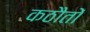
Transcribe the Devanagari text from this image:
कठौतों